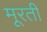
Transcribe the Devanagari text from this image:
मूरती